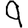
Digit: 9